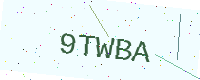
Text: 9TWBA